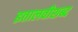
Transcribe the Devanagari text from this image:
इतालवीशब्द